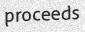
proceeds